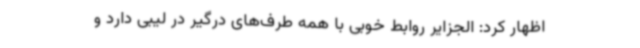
اظهار کرد: الجزایر روابط خوبی با همه طرف‌های درگیر در لیبی دارد و